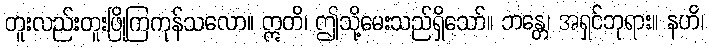
တူးလည်းတူးဖြိုကြကုန်သလော။ ဣတိ၊ ဤသို့မေးသည်ရှိသော်။ ဘန္တေ၊ အရှင်ဘုရား။ နဟိ၊